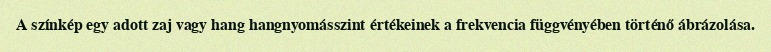
A színkép egy adott zaj vagy hang hangnyomásszint értékeinek a frekvencia függvényében történő ábrázolása.